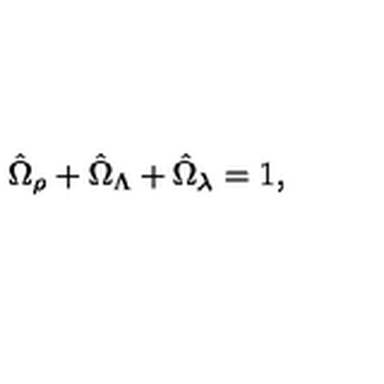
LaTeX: \hat { \Omega } _ { \rho } + \hat { \Omega } _ { \Lambda } + \hat { \Omega } _ { \lambda } = 1 ,